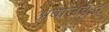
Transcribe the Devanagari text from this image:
अबालवृद्ध